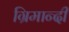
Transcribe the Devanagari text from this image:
ग्रिमान्दी